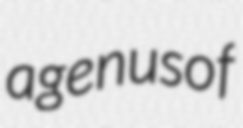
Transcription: a genus of